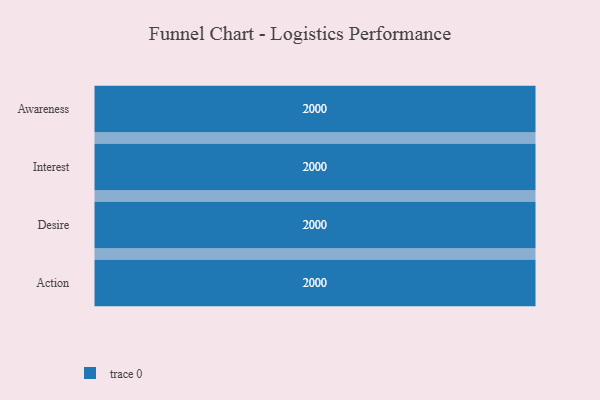
{"axis": {"x": "Stage", "y": "Value"}, "legend": [""], "data": [{"x": "Awareness", "y": 2000, "type": ""}, {"x": "Interest", "y": 2000, "type": ""}, {"x": "Desire", "y": 2000, "type": ""}, {"x": "Action", "y": 2000, "type": ""}]}